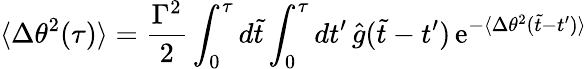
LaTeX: \langle\Delta\theta^{2}(\tau)\rangle={\frac{\Gamma^{2}}{2}}\int_{0}^{\tau}d\tilde{t}\int_{0}^{\tau}dt^{\prime}\, \hat{g}(\tilde{t}-t^{\prime})\, \mathrm{e}^{-\langle\Delta\theta^{2}(\tilde{t}-t^{\prime})\rangle}